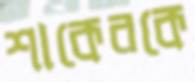
শাকেরকে